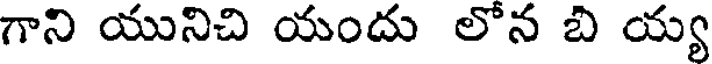
గాని యునిచి యందు లోన బి య్య